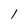
Character: l